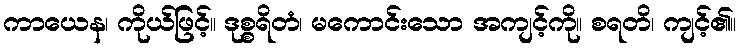
ကာယေန၊ ကိုယ်ဖြင့်။ ဒုစ္စရိတံ၊ မကောင်းသော အကျင့်ကို။ စရတိ၊ ကျင့်၏။